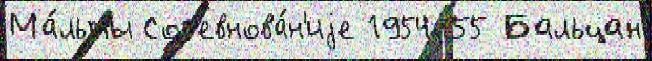
Ма́льты Сор'евнова́н'иjе 1954-55 Бальцан